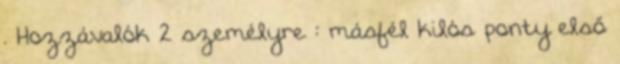
. Hozzávalók 2 személyre : másfél kilós ponty első